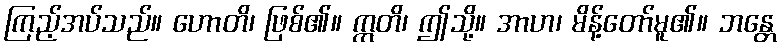
ကြည့်အပ်သည်။ ဟောတိ၊ ဖြစ်၏။ ဣတိ၊ ဤသို့။ အာဟ၊ မိန့်တော်မူ၏။ ဘန္တေ